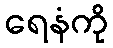
ရေနံကို